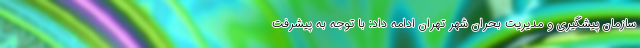
سازمان پیشگیری و مدیریت بحران شهر تهران ادامه داد: با توجه به پیشرفت